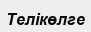
Телікөлге